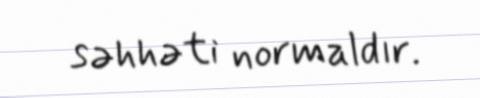
səhhəti normaldır.